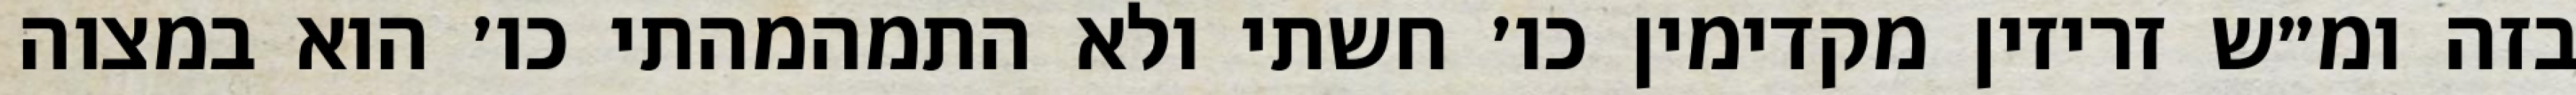
בזה ומ״ש זריזין מקדימין כו׳ חשתי ולא התמהמהתי כו׳ הוא במצוה